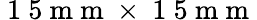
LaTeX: \mathrm{~1~5~m~m~}\times\mathrm{~1~5~m~m~}